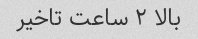
بالا ۲ ساعت تاخیر